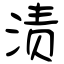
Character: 渍